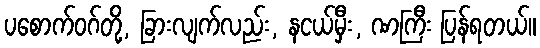
ပစောက်ဝဂ်တို့, ခြားလျက်လည်း, နငယ်မှီး, ဏကြီး ပြန်ရတယ်။